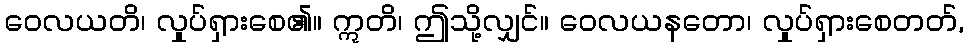
ဝေလယတိ၊ လှုပ်ရှားစေ၏။ ဣတိ၊ ဤသို့လျှင်။ ဝေလယနတော၊ လှုပ်ရှားစေတတ်,